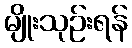
မျိုးသုဉ်းရန်